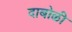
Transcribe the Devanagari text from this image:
दाबोळी